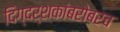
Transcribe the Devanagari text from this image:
दिग्दर्शकांबरोबरच